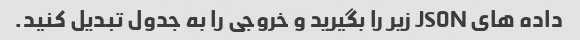
داده های JSON زیر را بگیرید و خروجی را به جدول تبدیل کنید.